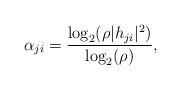
LaTeX: \begin{align*}\alpha_{ji}=\frac{\log_2(\rho|h_{ji}|^2)}{\log_2(\rho)}, \end{align*}